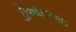
ડીઓટઆઇ